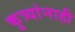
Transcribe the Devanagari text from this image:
कुत्र्यांनाही